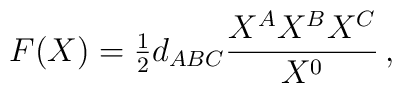
F(X)={\textstyle{1\over2}}d_{ABC}{X^AX^BX^C\over X^0}\,,